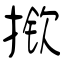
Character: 揿